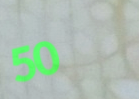
50%